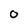
Character: 0